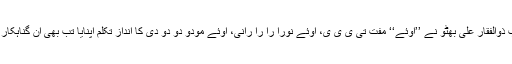
وہ اپنے سیاسی مخالفین کیلئے کبھی صیغہ واحد متکلم استعمال نہیں کرتے تھے حتیٰ کہ جب ذوالفقار علی بھٹو نے ’’اوئے‘‘ مفت تی ی ی ی، اوئے نورا را را رانی، اوئے مودو دو دو دی کا اندازِ تکلم اپنایا تب بھی ان گناہکار کانوں نے ان لیڈروں کی جانب سے بھٹو صاحب، جناب بھٹو کے الفاظ میں جواب سنے ہیں۔